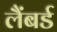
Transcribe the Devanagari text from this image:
लैंबर्ड